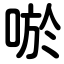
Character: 唹